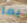
بما